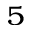
^ 5